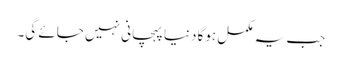
جب یہ مکمل ہوگا دنیا پہچانی نہیں جائے گی۔